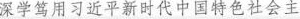
深学笃用习近平新时代中国特色社会主